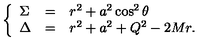
\left\{ \begin{array} { l c l } { \Sigma } & { = } & { r ^ { 2 } + a ^ { 2 } \cos ^ { 2 } \theta } \\ { \Delta } & { = } & { r ^ { 2 } + a ^ { 2 } + Q ^ { 2 } - 2 M r . } \\ \end{array} \right.